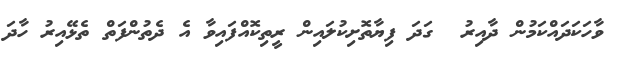
ވާހަކަދައްކަމުން ދާއިރު  ގަދަ ފިޔާތޮށިކުލައިން ރީތިކޮއްފައިވާ އެ ދެތުންފަތް ތެޅޭއިރު ހާދަ